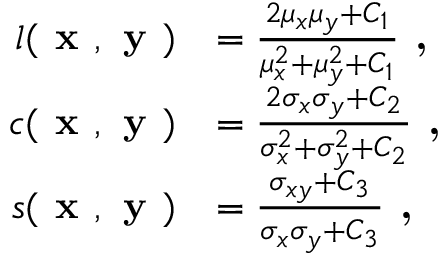
\begin{array} { r l } { l ( \textbf { x } , \textbf { y } ) } & { = \frac { 2 \mu _ { x } \mu _ { y } + C _ { 1 } } { \mu _ { x } ^ { 2 } + \mu _ { y } ^ { 2 } + C _ { 1 } } \textbf { , } } \\ { c ( \textbf { x } , \textbf { y } ) } & { = \frac { 2 \sigma _ { x } \sigma _ { y } + C _ { 2 } } { \sigma _ { x } ^ { 2 } + \sigma _ { y } ^ { 2 } + C _ { 2 } } \textbf { , } } \\ { s ( \textbf { x } , \textbf { y } ) } & { = \frac { \sigma _ { x y } + C _ { 3 } } { \sigma _ { x } \sigma _ { y } + C _ { 3 } } \textbf { , } } \end{array}